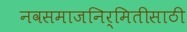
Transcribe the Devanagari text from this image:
नवसमाजनिर्मितीसाठी